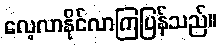
လေ့လာနိုင်လာကြပြန်သည်။